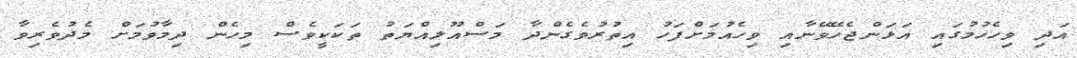
އަދި ވިހެހުމުގައި އަޅަންޖެހޭވޭނާއި ވިހެއުމަށްފަހު އިތުރުވެގެންދާ މަސްއޫލިއްޔަތު ތަކަކީވެސް މިހެން ދިމާވުމަށް މެދުވެރިވާ